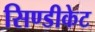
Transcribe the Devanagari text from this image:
सिण्डीकेट